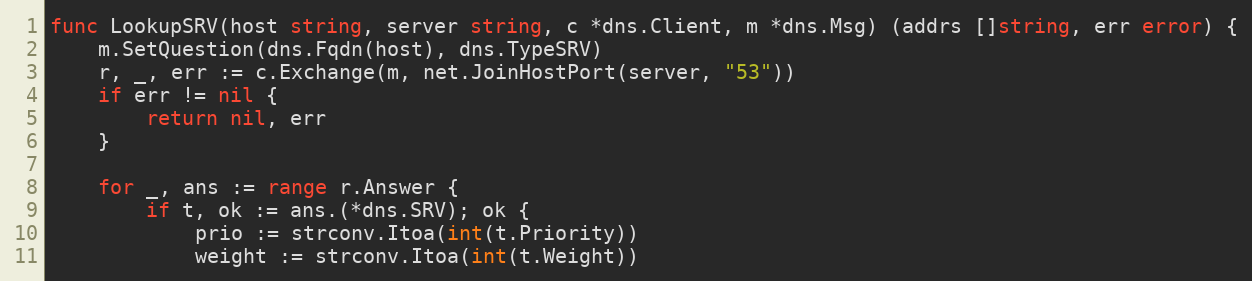
Language: Go
func LookupSRV(host string, server string, c *dns.Client, m *dns.Msg) (addrs []string, err error) {
	m.SetQuestion(dns.Fqdn(host), dns.TypeSRV)
	r, _, err := c.Exchange(m, net.JoinHostPort(server, "53"))
	if err != nil {
		return nil, err
	}

	for _, ans := range r.Answer {
		if t, ok := ans.(*dns.SRV); ok {
			prio := strconv.Itoa(int(t.Priority))
			weight := strconv.Itoa(int(t.Weight))